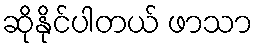
ဆိုနိုင်ပါတယ် ဖာသာ